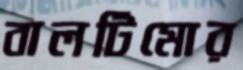
বালটিমোর